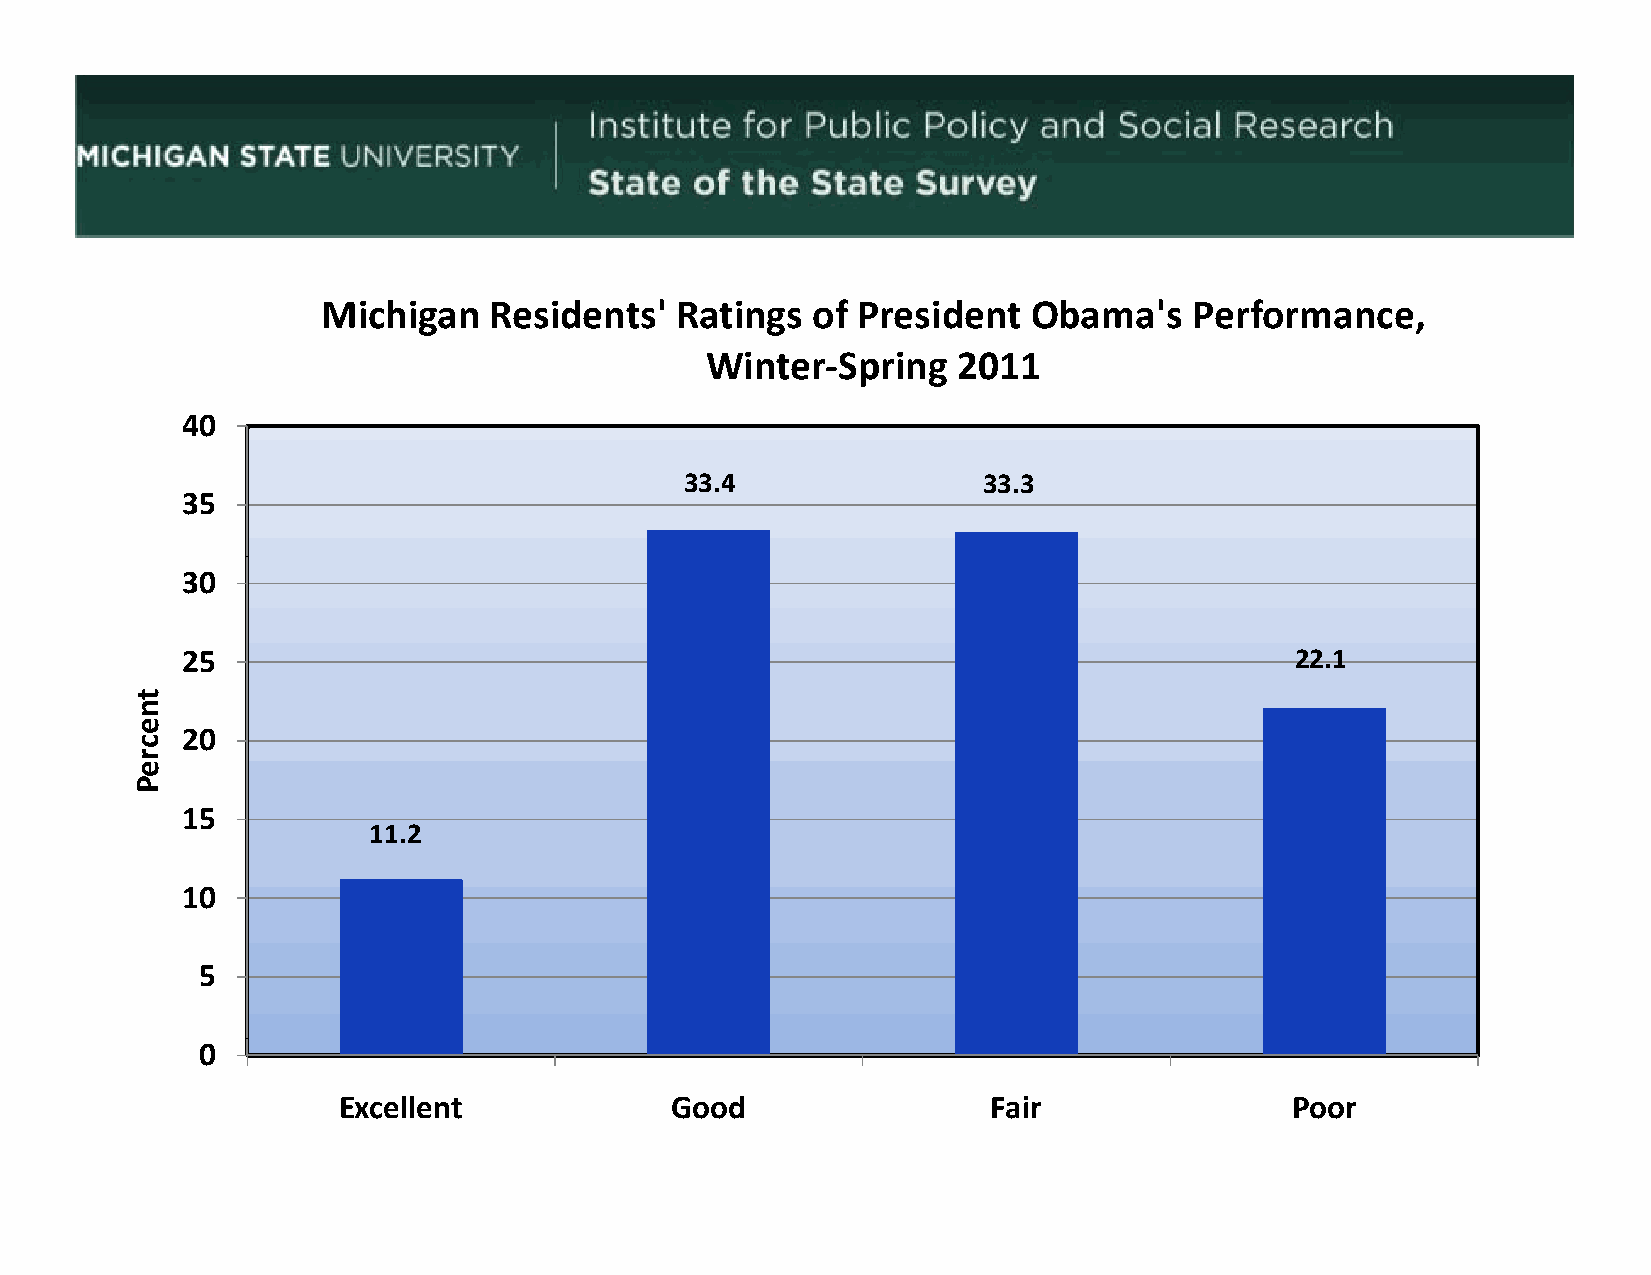
Michigan   Residents'   Ratings  of President  Obama's    Performance,
 Winter‐Spring   2011
 40
 33.4                33.3
 35
 30
 25                                                                        22.1
 20
 15
 11.2
 10
 5
 0
 Excellent             Good                  Fair               Poor
 tnecreP